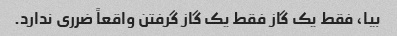
بیا، فقط یک گاز فقط یک گاز گرفتن واقعاً ضرری ندارد.